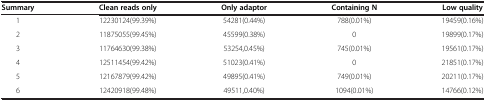
<table><thead><tr><td><b>Summary</b></td><td><b>Clean reads only</b></td><td><b>Only adaptor</b></td><td><b>Containing N</b></td><td><b>Low quality</b></td></tr></thead><tbody><tr><td>1</td><td>12230124(99.39%)</td><td>54281(0.44%)</td><td>788(0.01%)</td><td>19459(0.16%)</td></tr><tr><td>2</td><td>11875055(99.45%)</td><td>45599(0.38%)</td><td>0</td><td>19899(0.17%)</td></tr><tr><td>3</td><td>11764630(99.38%)</td><td>53254,0.45%)</td><td>745(0.01%)</td><td>19561(0.17%)</td></tr><tr><td>4</td><td>12511454(99.42%)</td><td>51023(0.41%)</td><td>0</td><td>21851(0.17%)</td></tr><tr><td>5</td><td>12167879(99.42%)</td><td>49895(0.41%)</td><td>749(0.01%)</td><td>20211(0.17%)</td></tr><tr><td>6</td><td>12420918(99.48%)</td><td>49511,0.40%)</td><td>1094(0.01%)</td><td>14766(0.12%)</td></tr></tbody></table>